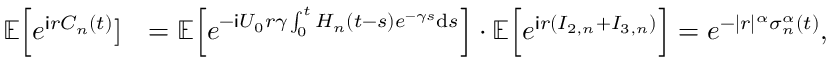
\begin{array} { r l } { \mathbb { E } \Big [ e ^ { \mathsf { i } r C _ { n } ( t ) } ] } & { = \mathbb { E } \Big [ e ^ { - \mathsf { i } U _ { 0 } r \gamma \int _ { 0 } ^ { t } H _ { n } ( t - s ) e ^ { - \gamma s } \mathrm { d } s } \Big ] \cdot \mathbb { E } \Big [ e ^ { \mathsf { i } r ( I _ { 2 , n } + I _ { 3 , n } ) } \Big ] = e ^ { - | r | ^ { \alpha } \sigma _ { n } ^ { \alpha } ( t ) } , } \end{array}